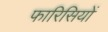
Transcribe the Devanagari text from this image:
फारिसियों